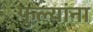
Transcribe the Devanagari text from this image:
फुल्यांना